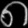
Digit: ၈